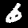
Digit: 6